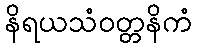
နိရယသံဝတ္တနိကံ